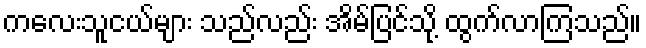
ကလေးသူငယ်များ သည်လည်း အိမ်ပြင်သို့ ထွက်လာကြသည်။